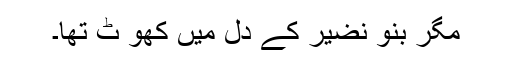
مگر بنو نضیر کے دل میں کھو ٹ تھا۔